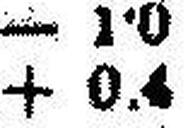
+ 0•4